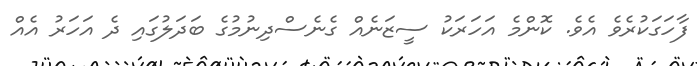
ފާހަގަކުރެވެ އެވެ. ކޮންމެ އަހަރަކު ސީޒަނެއް ގެނެސްދިނުމުގެ ބަދަލުގައި ދެ އަހަރު އެއް